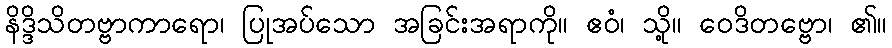
နိဒ္ဒိသိတဗ္ဗာကာရော၊ ပြုအပ်သော အခြင်းအရာကို။ ဧဝံ၊ သို့။ ဝေဒိတဗ္ဗော၊ ၏။